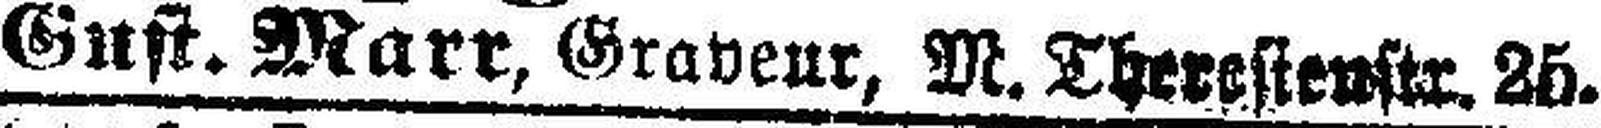
Gust. Marr, Graveur, M. Theresienstr. 25.